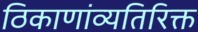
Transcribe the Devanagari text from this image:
ठिकाणांव्यतिरिक्त